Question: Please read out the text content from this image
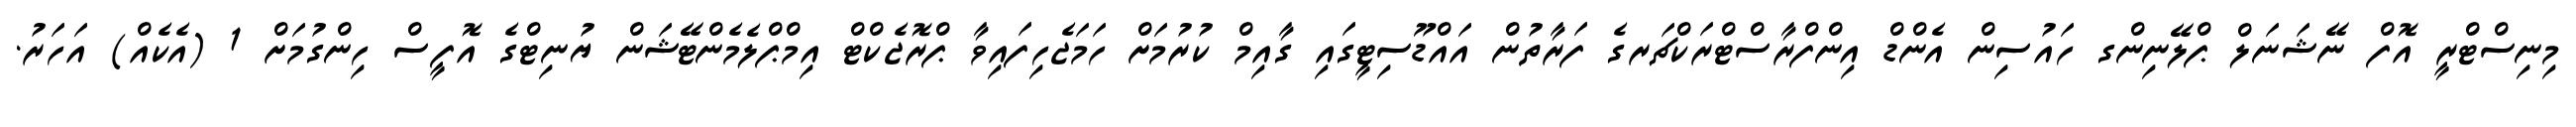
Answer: މިނިސްޓްރީ އޮފް ނޭޝަނަލް ޕްލޭނިންގ ހައުސިން އެންޑް އިންފްރާސްޓްރަކްޗަރގެ ފަރާތުން އައްޑޫސިޓީގައި ގާއިމް ކުރުމަށް ހަމަޖެހިފައިވާ ޕްރޮޖެކްޓް އިމްޕްލެމެންޓޭޝަން ޔުނިޓްގެ އޮފީސް ހިންގުމަށް 1 (އެކެއް) އަހަރު.